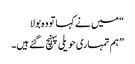
“ میں نے کہا تو وہ بولا
”ہم تمہاری حویلی پہنچ گئے ہیں۔